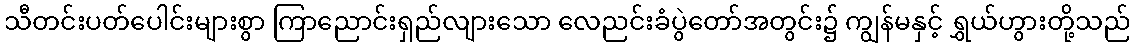
သီတင်းပတ်ပေါင်းများစွာ ကြာညောင်းရှည်လျားသော လေညင်းခံပွဲတော်အတွင်း၌ ကျွန်မနှင့် ရွှယ်ဟွားတို့သည်